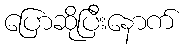
ပြောဆိုပြီးနောက်